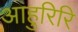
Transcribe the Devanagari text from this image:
आहुरिरि